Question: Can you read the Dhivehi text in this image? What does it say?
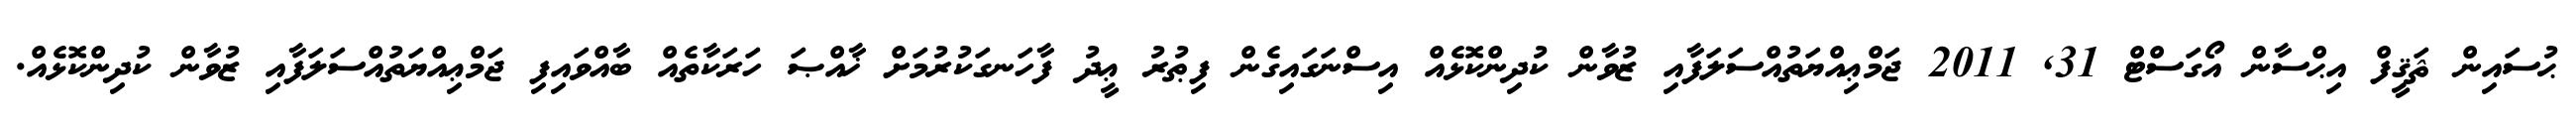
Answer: ޙުސައިން ޘަޤީފް އިޙްސާން އޯގަސްޓް 31, 2011 ޖަމްޢިއްޔަތުއްސަލަފާއި ޒުވާން ކުދިންކޮޅެއް އިސްނަގައިގެން ފިޠުރު ޢީދު ފާހަނގަކުރުމަށް ޚާއްޞަ ހަރަކާތެއް ބާއްވައިފި ޖަމްޢިއްޔަތުއްސަލަފާއި ޒުވާން ކުދިންކޮޅެއް.